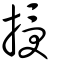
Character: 授